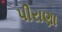
પીરાણા